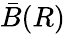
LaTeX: {\bar{B}}(R)